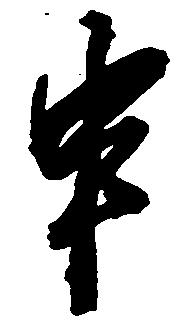
申